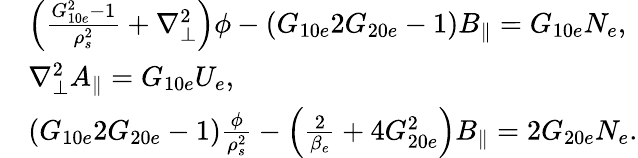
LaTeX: \begin{array}{rl}&{\left(\frac{G_{10e}^{2}-1}{\rho_{s}^{2}}+\nabla_{\perp}^{2}\right)\phi-\left(G_{10e}2G_{20e}-1\right)B_{\parallel}=G_{10e}N_{e},}\\ &{\nabla_{\perp}^{2}A_{\parallel}=G_{10e}U_{e},}\\ &{\left(G_{10e}2G_{20e}-1\right)\frac{\phi}{\rho_{s}^{2}}-\left(\frac{2}{\beta_{e}}+4G_{20e}^{2}\right)B_{\parallel}=2G_{20e}N_{e}.}\end{array}